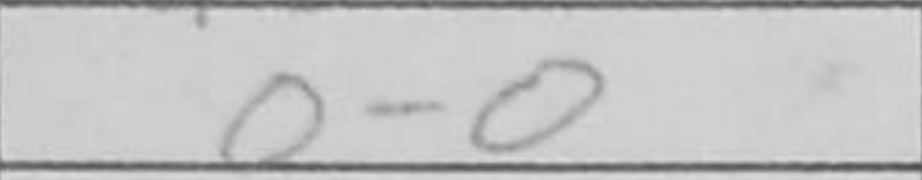
Transcription: O-O